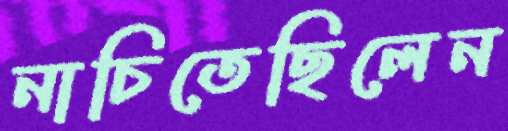
নাচিতেছিলেন